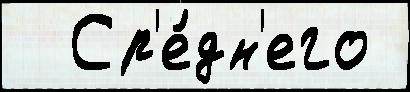
  Ср'е́дн'его